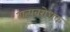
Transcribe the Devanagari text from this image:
गत्यवरोधक